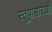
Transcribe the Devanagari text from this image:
स्तूपासारखी